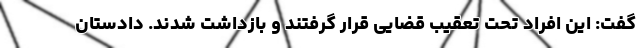
گفت: این افراد تحت تعقیب قضایی قرار گرفتند و بازداشت شدند. دادستان